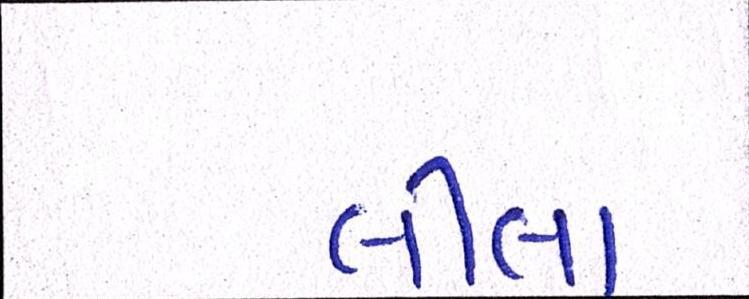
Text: લીલા